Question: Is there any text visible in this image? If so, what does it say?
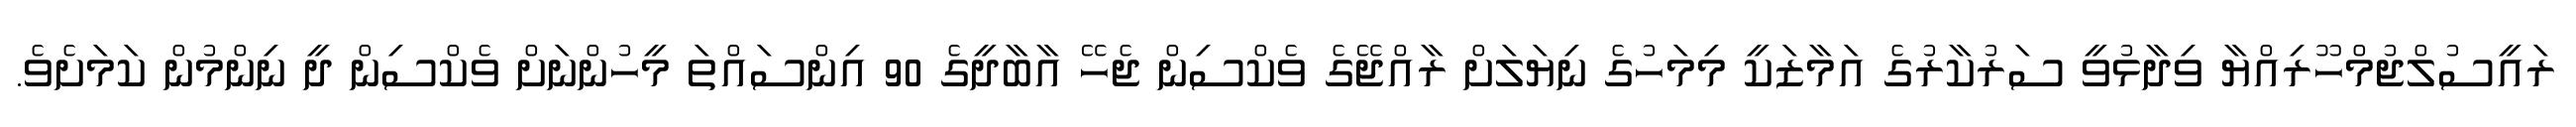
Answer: ރައީސުލްޖުމްހޫރިއްޔާ ވިދާޅުވީ ސަރުކާރުގެ އަމާޒަކީ މިމަހުގެ ނިޔަލަށް ރާއްޖޭގެ ވެކްސިން ޖެހޭ އާބާދީގެ 90 އިންސައްތަ މީހުންނަށް ވެކްސިން ދީ ނިންމުން ކަމަށެވެ.